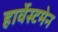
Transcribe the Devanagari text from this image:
हार्वेस्टमेन